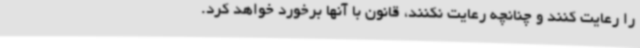
را رعایت کنند و چنانچه رعایت نکنند، قانون با آنها برخورد خواهد کرد.